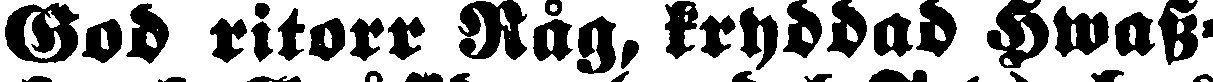
Gob ritorr Råg, kryddad Hwass-